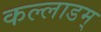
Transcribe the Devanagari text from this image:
कल्लाडम्